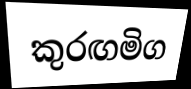
කුරඟමිග